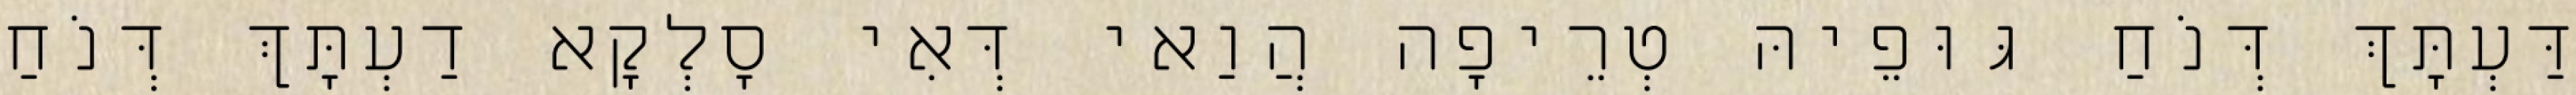
דַּעְתָּךְ דְּנֹחַ גּוּפֵיהּ טְרֵיפָה הֲוַאי דְּאִי סָלְקָא דַעְתָּךְ דְּנֹחַ